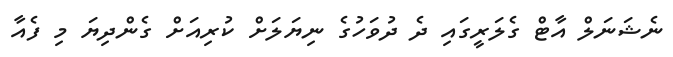
ނެޝަނަލް އާޓް ގެލަރީގައި ދެ ދުވަހުގެ ނިޔަލަށް ކުރިއަށް ގެންދިޔަ މި ފެއާ